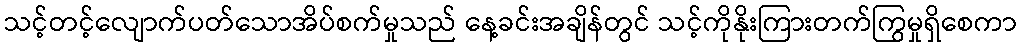
သင့်တင့်လျောက်ပတ်သောအိပ်စက်မှုသည် နေ့ခင်းအချိန်တွင် သင့်ကိုနိုးကြားတက်ကြွမှုရှိစေကာ